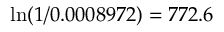
\mathrm { l n } ( 1 / 0 . 0 0 0 8 9 7 2 ) = 7 7 2 . 6